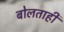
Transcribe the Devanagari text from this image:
बोलताही